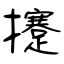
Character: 攓